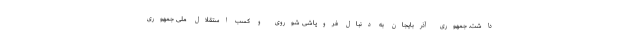
داشت. جمهوری آذربایجان به دنبال فروپاشی شوروی و کسب استقلال ملی جمهوری